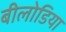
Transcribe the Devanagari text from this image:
बीलोडिया